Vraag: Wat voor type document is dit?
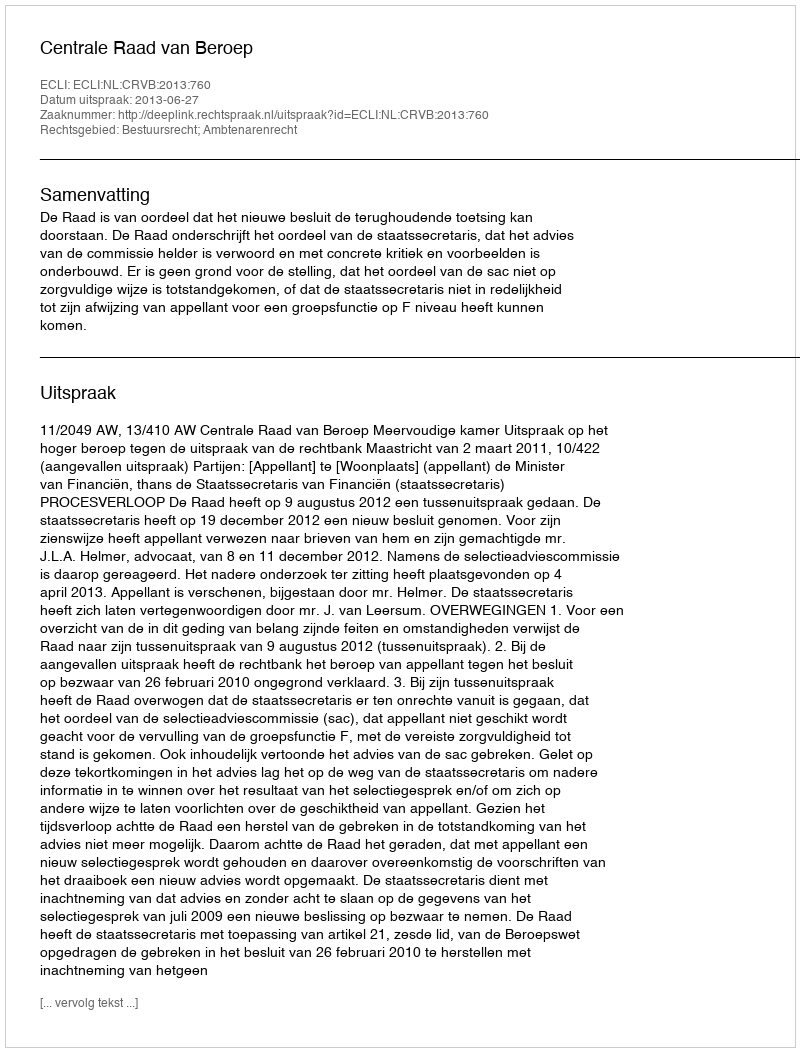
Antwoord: Uitspraak